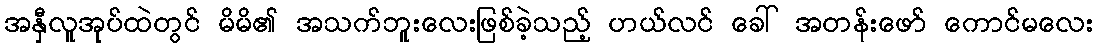
အနှီလူအုပ်ထဲတွင် မိမိ၏ အသက်ဘူးလေးဖြစ်ခဲ့သည့် ဟယ်လင် ခေါ် အတန်းဖော် ကောင်မလေး